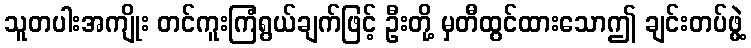
သူတပါးအကျိုး တင်ကူးကြံရွယ်ချက်ဖြင့် ဦးတို့ မှတီထွင်ထားသောဤ ချင်းတပ်ဖွဲ့